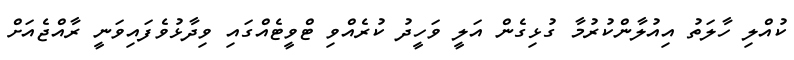
ކުއްލި ހާލަތު އިއުލާންކުރުމާ ގުޅިގެން އަލީ ވަހީދު ކުރެއްވި ޓްވީޓެއްގައި ވިދާޅުވެފައިވަނީ ރާއްޖެއަށް